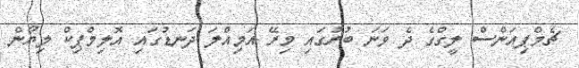
ޗެމްޕިއަންސް ލީގްގެ ދެ ވަނަ ބުރުގައި މިރޭ އަމިއްލަ ދަނޑުގައި އޮލިމްޕިކް ލިޔޯން